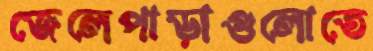
জেলেপাড়াগুলোতে